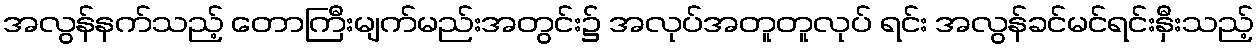
အလွန်နက်သည့် တောကြီးမျက်မည်းအတွင်း၌ အလုပ်အတူတူလုပ် ရင်း အလွန်ခင်မင်ရင်းနှီးသည့်